Indian journal of veterinary science and animal husbandry - Volume 12,
Year: 1942
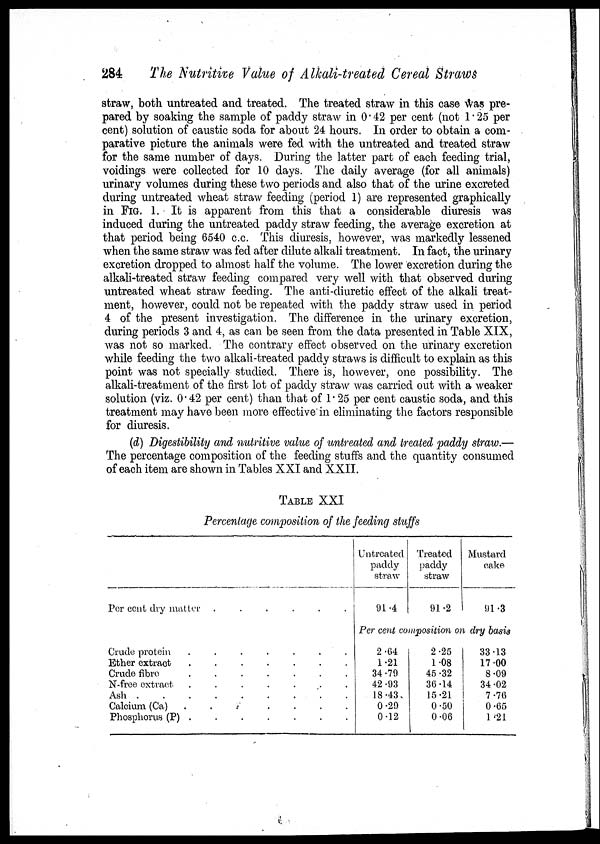
284
The Nutritive Value of Alkali-treated Cereal Straws
straw, both untreated and treated. The treated straw in this case was pre-
pared by soaking the sample of paddy straw in 0.42 per cent (not 1.25 per
cent) solution of caustic soda for about 24 hours. In order to obtain a com-
parative picture the animals were fed with the untreated and treated straw
for the same number of days. During the latter part of each feeding trial,
voidings were collected for 10 days. The daily average (for all animals)
urinary volumes during these two periods and also that of the urine excreted
during untreated wheat straw feeding (period 1) are represented graphically
in FIG. 1. It is apparent from this that a considerable diuresis was
induced during the untreated paddy straw feeding, the average excretion at
that period being 6540 c.c. This diuresis, however, was markedly lessened
when the same straw was fed after dilute alkali treatment. In fact, the urinary
excretion dropped to almost half the volume. The lower excretion during the
alkali-treated straw feeding compared very well with that observed during
untreated wheat straw feeding. The anti-diuretic effect of the alkali treat-
ment, however, could not be repeated with the paddy straw used in period
4 of the present investigation. The difference in the urinary excretion,
during periods 3 and 4, as can be seen from the data presented in Table XIX,
was not so marked. The contrary effect observed on the urinary excretion
while feeding the two alkali-treated paddy straws is difficult to explain as this
point was not specially studied. There is, however, one possibility. The
alkali-treatment of the first lot of paddy straw was carried out with a weaker
solution (viz. 0.42 per cent) than that of 1.25 per cent caustic soda, and this
treatment may have been more effective in eliminating the factors responsible
for diuresis.
(d) Digestibility and nutritive value of untreated and treated paddy straw.—
The percentage composition of the feeding stuffs and the quantity consumed
of each item are shown in Tables XXI and XXII.
TABLE XXI
Percentage composition of the feeding stuffs
Per cent dry matter
.
.
.
.
.
.
Crude protein
.
.
.
.
.
.
Ether extract . . . . . .
Crude fibre . . . . . .
N-free extract
.
.
.
.
.
.
Ash . . . . . . . .
Calcium (Ca) . . . . . .
Phosphorus (P) . . . . . .
Untreated
paddy
straw
91.4
Treated
paddy
straw
91.2
Mustard
cake
91.3
Per cent composition on dry basis
2.64
1.21
34.79
42.93
18.43
0.29
0.12
2.25
1.08
45.32
36.14
15.21
0.50
0.06
33.13
17.00
8.09
34.02
7.76
0.65
1.21